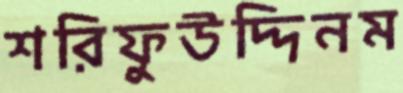
শরিফুউদ্দিনম